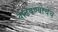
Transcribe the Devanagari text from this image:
वाढवण्याचेच